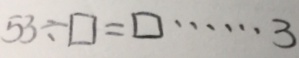
5 3 \div \square = \square \cdots 3